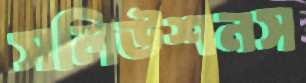
সলিউশনস